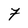
Character: 7